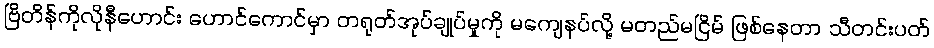
ဗြိတိန်ကိုလိုနီဟောင်း ဟောင်ကောင်မှာ တရုတ်အုပ်ချုပ်မှုကို မကျေနပ်လို့ မတည်မငြိမ် ဖြစ်နေတာ သီတင်းပတ်